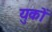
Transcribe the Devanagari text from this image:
युकों